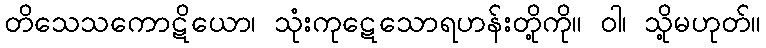
တိသေသကောဋိယော၊ သုံးကုဋေသောရဟန်းတို့ကို။ ဝါ၊ သို့မဟုတ်။